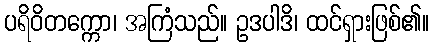
ပရိဝိတက္ကော၊ အကြံသည်။ ဥဒပါဒိ၊ ထင်ရှားဖြစ်၏။